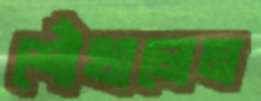
শোঁখালেম